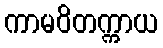
ကာမဝိတက္ကာယ